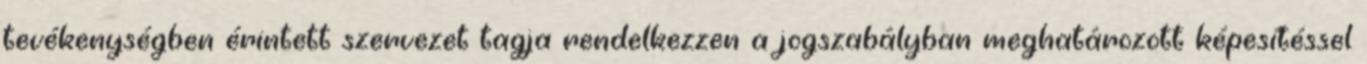
tevékenységben érintett szervezet tagja rendelkezzen a jogszabályban meghatározott képesítéssel